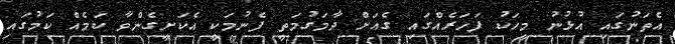
އެތަނުގައި އުޅުނު މީހަކު ފަހަރެއްގައި ގެއަށް ދާމަގުމަތީ ފެނުމަކީ އެކަށީގެންވާ ކަމެއް ކަމުގައި